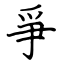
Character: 爭